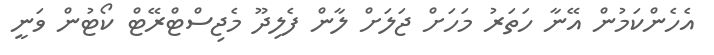
އެހެންކަމުން އޭނާ ހަތަރު މަހަށް ޖަލަށް ލާން ފެލިދޫ މެޖިސްޓްރޭޓް ކޯޓުން ވަނީ